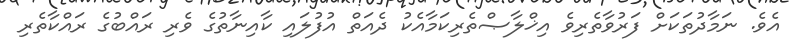
އެވެ. ނަމާދުތަކަށް ފަރުވާތެރިވެ އިޚްލާޞްތެރިކަމާއެކު ދެއަތް އުފުލައި ކާއިނާތުގެ ވެރި ރައްބުގެ ރައްކާތެރި